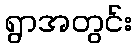
ရွာအတွင်း